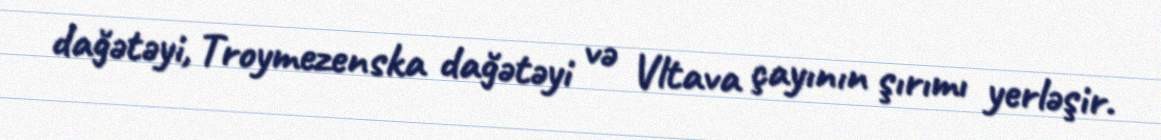
dağətəyi, Troymezenska dağətəyi və Vltava çayının şırımı yerləşir.